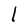
Character: l